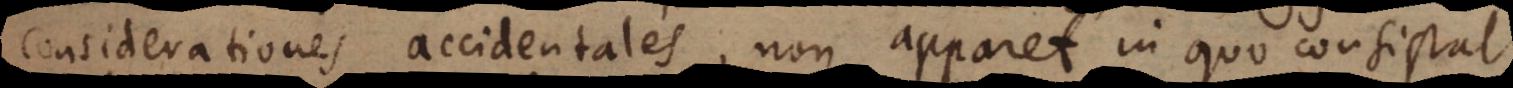
considerationes accidentales, non apparet in quo consistat